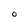
Character: O